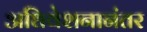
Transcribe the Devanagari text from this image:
अधिवेशनानंतर